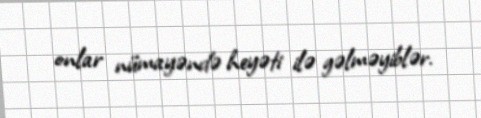
onlar nümayəndə heyəti ilə gəlməyiblər.